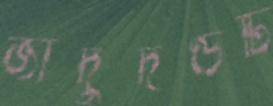
জাদুদণ্ডটি